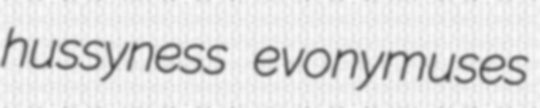
hussyness evonymuses